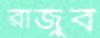
রাজুব